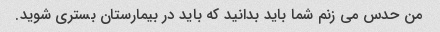
من حدس می زنم شما باید بدانید که باید در بیمارستان بستری شوید.